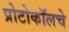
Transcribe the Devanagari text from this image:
प्रोटोकॉलचे